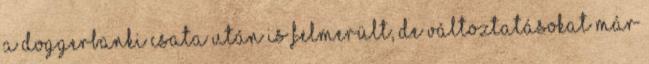
a doggerbanki csata után is felmerült, de változtatásokat már